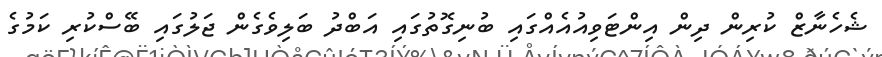
ޝެހެނާޒް ކުރިން ދިން އިންޓަވިއުއެއްގައި ބުނިގޮތުގައި އަބްދު ބަލިވެގެން ޖަލުގައި ބޭސްކުރި ކަމުގެ